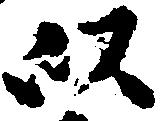
以